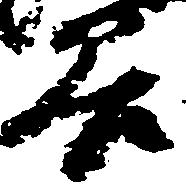
谷